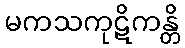
မကသကုဋိကန္တိ